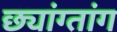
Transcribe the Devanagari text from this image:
छ्यांग्तांग